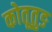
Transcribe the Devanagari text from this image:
कोतूतुङ